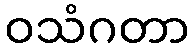
ဝသံဂတာ